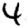
Digit: 4